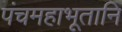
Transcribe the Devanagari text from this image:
पंचमहाभूतानि